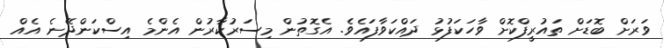
ވަރަށް ބޮޑަށް ތައުރީފްކޮށް ވާހަކަފުޅު ދައްކަވާފައެވެ. އެގޮތުން މިސަރުކާރުން އެންމެ އިސްކަންދޭނެ އެއް